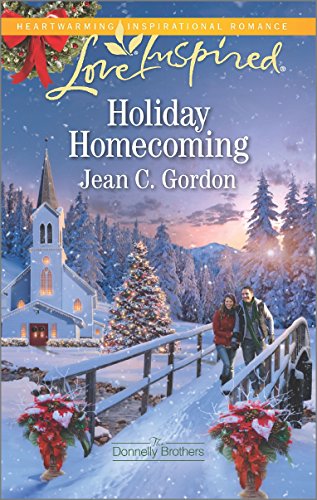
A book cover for Holiday Homecoming (The Donnelly Brothers); Jean C. Gordon; Romance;